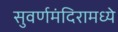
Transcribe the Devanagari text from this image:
सुवर्णमंदिरामध्ये